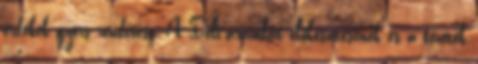
érdekek gyors rendezése. A Déli-áramlat előkészítésének és a vezeték